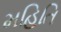
મહિતિ